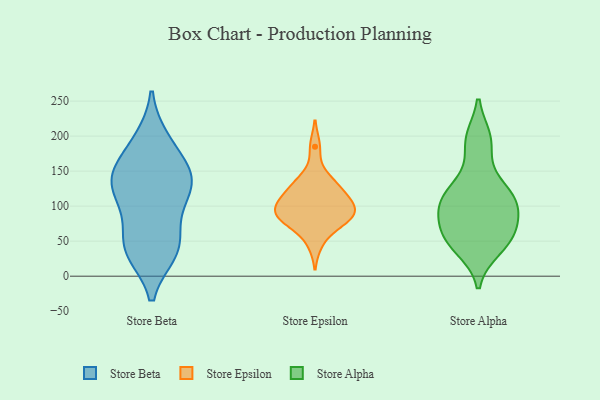
{"axis": {"x": "Backlog", "y": "Value"}, "legend": ["Store Alpha", "Store Beta", "Store Epsilon"], "data": [{"x": "", "y": 195, "type": "Store Beta"}, {"x": "", "y": 34, "type": "Store Beta"}, {"x": "", "y": 37, "type": "Store Beta"}, {"x": "", "y": 144, "type": "Store Beta"}, {"x": "", "y": 120, "type": "Store Beta"}, {"x": "", "y": 191, "type": "Store Beta"}, {"x": "", "y": 149, "type": "Store Beta"}, {"x": "", "y": 44, "type": "Store Beta"}, {"x": "", "y": 147, "type": "Store Beta"}, {"x": "", "y": 100, "type": "Store Beta"}, {"x": "", "y": 111, "type": "Store Beta"}, {"x": "", "y": 64, "type": "Store Beta"}, {"x": "", "y": 133, "type": "Store Beta"}, {"x": "", "y": 34, "type": "Store Beta"}, {"x": "", "y": 148, "type": "Store Beta"}, {"x": "", "y": 87, "type": "Store Epsilon"}, {"x": "", "y": 185, "type": "Store Epsilon"}, {"x": "", "y": 78, "type": "Store Epsilon"}, {"x": "", "y": 80, "type": "Store Epsilon"}, {"x": "", "y": 116, "type": "Store Epsilon"}, {"x": "", "y": 139, "type": "Store Epsilon"}, {"x": "", "y": 91, "type": "Store Epsilon"}, {"x": "", "y": 77, "type": "Store Epsilon"}, {"x": "", "y": 125, "type": "Store Epsilon"}, {"x": "", "y": 134, "type": "Store Epsilon"}, {"x": "", "y": 106, "type": "Store Epsilon"}, {"x": "", "y": 108, "type": "Store Epsilon"}, {"x": "", "y": 96, "type": "Store Epsilon"}, {"x": "", "y": 47, "type": "Store Epsilon"}, {"x": "", "y": 93, "type": "Store Epsilon"}, {"x": "", "y": 138, "type": "Store Alpha"}, {"x": "", "y": 115, "type": "Store Alpha"}, {"x": "", "y": 104, "type": "Store Alpha"}, {"x": "", "y": 60, "type": "Store Alpha"}, {"x": "", "y": 107, "type": "Store Alpha"}, {"x": "", "y": 61, "type": "Store Alpha"}, {"x": "", "y": 45, "type": "Store Alpha"}, {"x": "", "y": 39, "type": "Store Alpha"}, {"x": "", "y": 192, "type": "Store Alpha"}, {"x": "", "y": 196, "type": "Store Alpha"}, {"x": "", "y": 68, "type": "Store Alpha"}, {"x": "", "y": 109, "type": "Store Alpha"}, {"x": "", "y": 90, "type": "Store Alpha"}]}